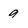
Character: 9